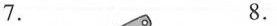
7. 8.